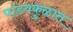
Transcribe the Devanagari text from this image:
पांडवकुळात